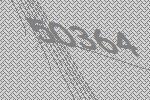
50364